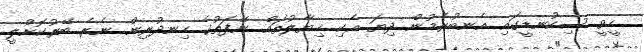
ހީވީ ސިކުނޑީގައި އެނބުރެމުން ދިޔަ އެކި ޚިޔާލުތައް ނޭފަތުގެ ހިނދުރިން ނެރެ ބޭރުކޮށްލީ